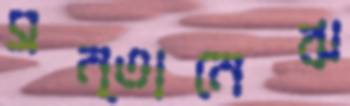
সন্তানেঝ